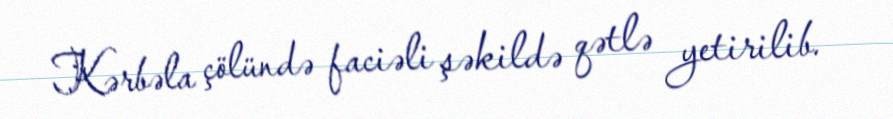
Kərbəla çölündə faciəli şəkildə qətlə yetirilib.